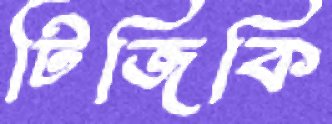
টিজিকি